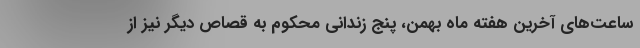
ساعت‌های آخرین هفته ماه بهمن، پنج زندانی محکوم به قصاص دیگر نیز از